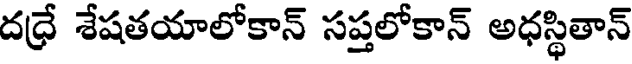
దధ్రే శేషతయాలోకాన్ సప్తలోకాన్ అధస్థితాన్